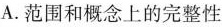
A.范围和概念上的完整性